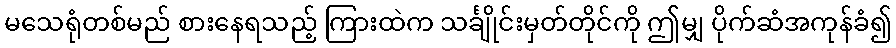
မသေရုံတစ်မည် စားနေရသည့် ကြားထဲက သင်္ချိုင်းမှတ်တိုင်ကို ဤမျှ ပိုက်ဆံအကုန်ခံ၍